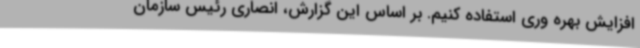
افزایش بهره وری استفاده کنیم. بر اساس این گزارش، انصاری رئیس سازمان